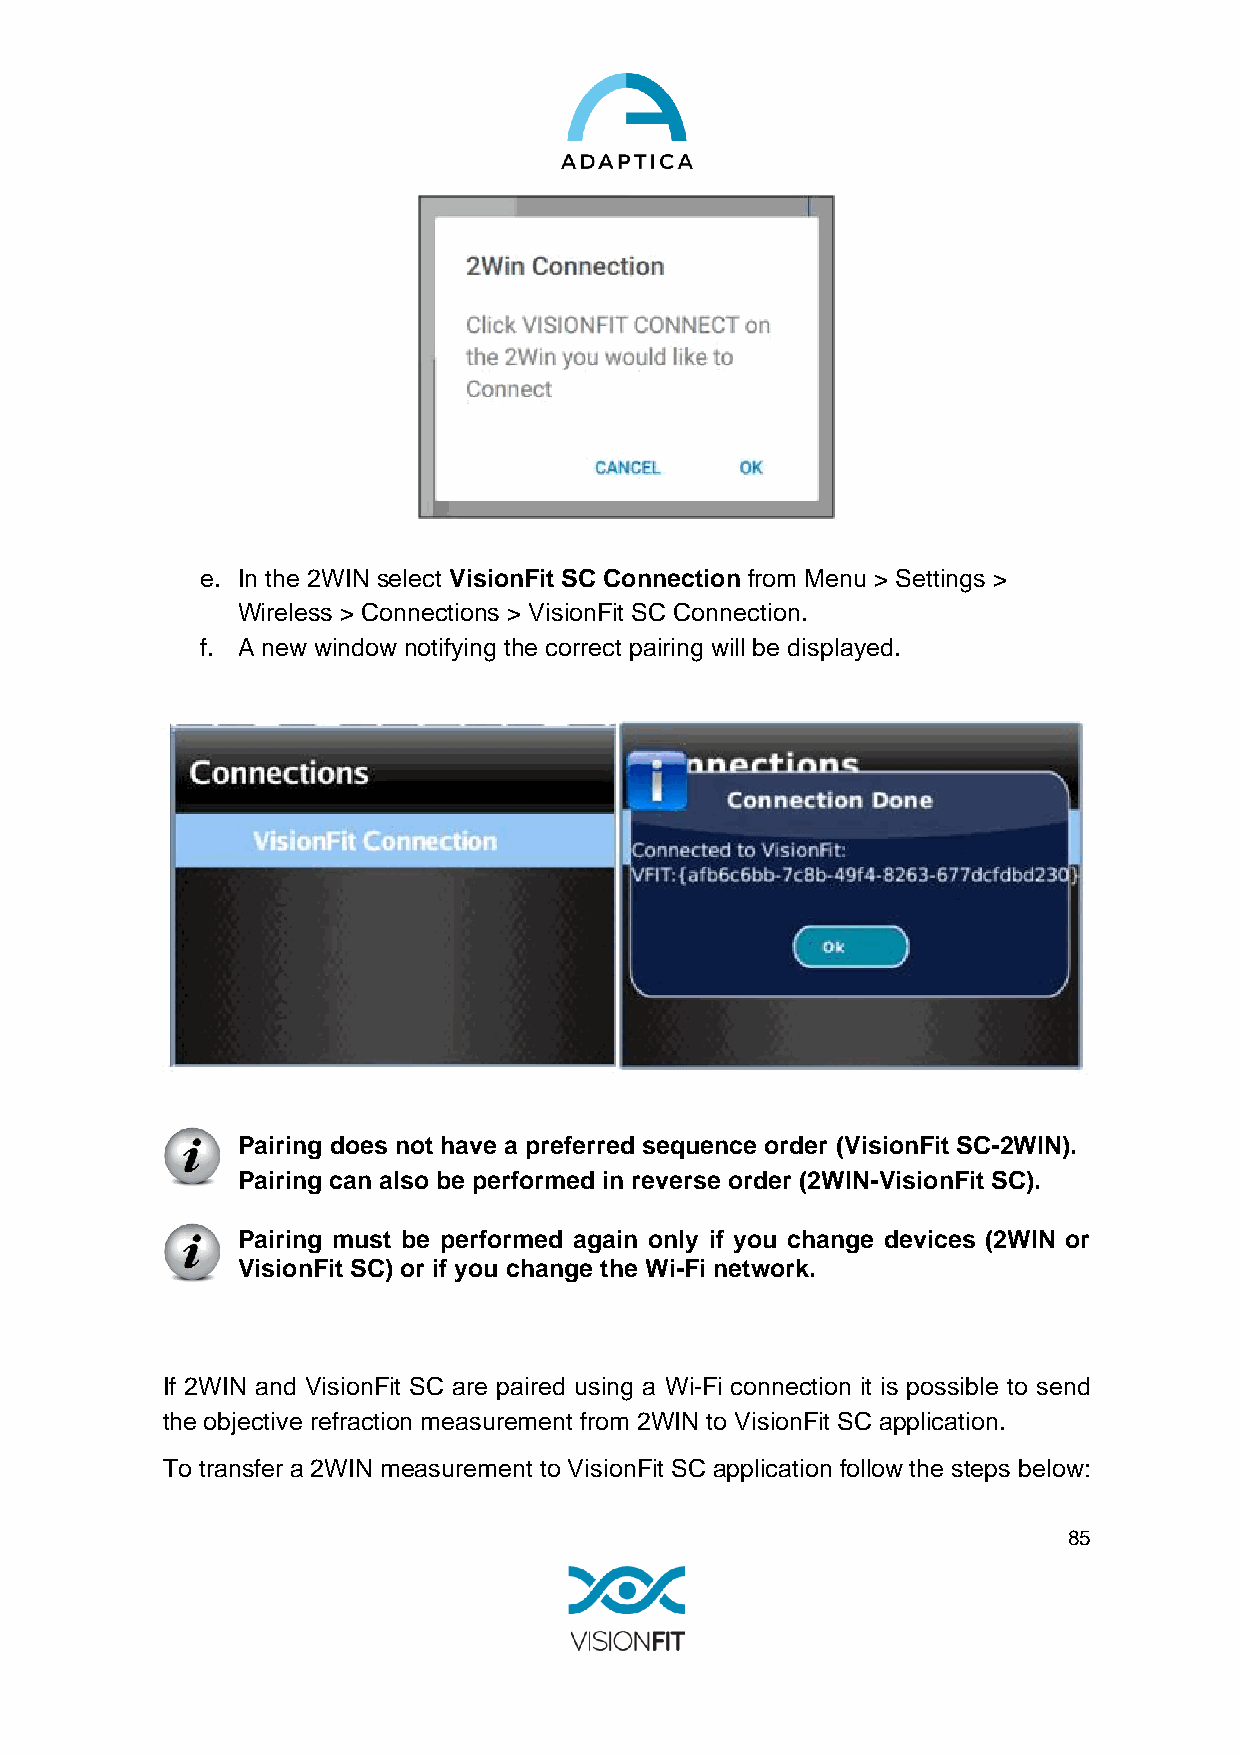
e. In the 2WIN select VisionFit SC Connection from Menu > Settings >
 Wireless > Connections > VisionFit SC Connection.
 f. A new window notifying the correct pairing will be displayed.
 Pairing does not have a preferred sequence order (VisionFit SC-2WIN).
 Pairing can also be performed in reverse order (2WIN-VisionFit SC).
 Pairing must be performed again only if you change devices (2WIN or
 VisionFit SC) or if you change the Wi-Fi network.
 If 2WIN and VisionFit SC are paired using a Wi-Fi connection it is possible to send
 the objective refraction measurement from 2WIN to VisionFit SC application.
 To transfer a 2WIN measurement to VisionFit SC application follow the steps below:
 85